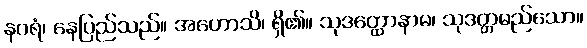
နဂရံ၊ နေပြည်သည်။ အဟောသိ၊ ရှိ၏။ သုဒတ္ထောနာမ၊ သုဒတ္တမည်သော။